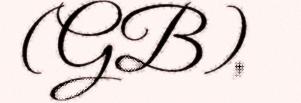
(GB),